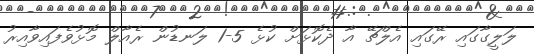
ލަލީގާގައި ރޭގައި އެލްޗޭ އާ ދެކޮޅަށް ކުޅެ 5-1 ލަނޑުން ރެއާލް މޮޅުވެފައިވާއިރު